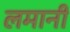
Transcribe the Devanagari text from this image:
लमानी